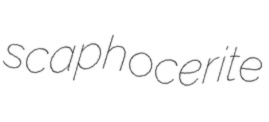
scaphocerite